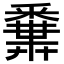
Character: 𨤝